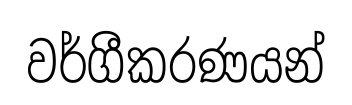
වර්ගීකරණයන්